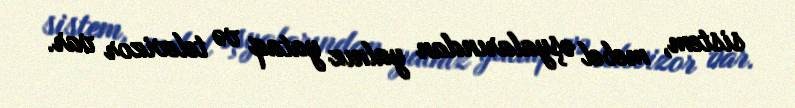
sistem, mebel əşyalarından yalnız yataq və televizor var.